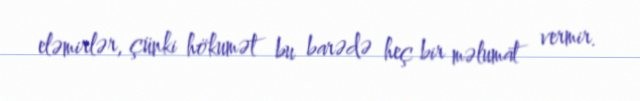
eləmirlər, çünki hökumət bu barədə heç bir məlumat vermir.